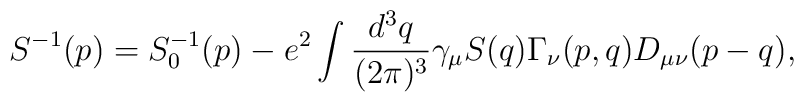
S^{-1}(p)=S_{0}^{-1}(p)-e^{2}\int \frac{d^{3}q}{(2\pi )^{3}}\gamma _{\mu}S(q)\Gamma _{\nu }(p,q)D_{\mu \nu }(p-q),